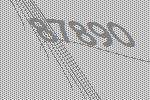
87890